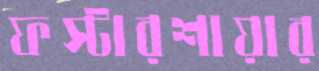
ফস্টারশায়ার